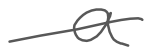
Text: a
Cross-out: single-line
Writing tool: digital_gray